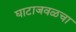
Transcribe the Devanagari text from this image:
घाटाजवळचा